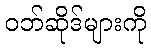
ဝဘ်ဆိုဒ်များကို